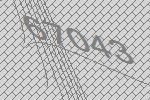
67043